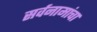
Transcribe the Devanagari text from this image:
सर्वनामांचा